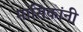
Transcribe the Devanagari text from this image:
मासिकांनी